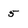
Character: 5